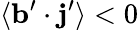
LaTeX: \langle{{\mathbf{b}}^{\prime}\cdot{\mathbf{j}}^{\prime}}\rangle<0